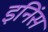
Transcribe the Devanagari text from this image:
इनिंस